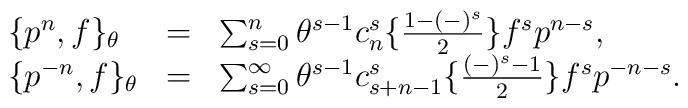
\begin{array}{lcl}\{p^n, f\}_{\theta} &=&\sum _{s=0}^{n} \theta ^{s-1} c_{n}^{s}\{\frac {1-(-)^s}{2}\} f^{s} p^{n-s},\\ \{p^{-n}, f\}_{\theta} &=& \sum _{s=0}^{\infty} \theta ^{s-1} c_{s+n-1}^{s}\{\frac {(-)^{s}-1}{2}\} f^{s} p^{-n-s}. \end{array}